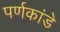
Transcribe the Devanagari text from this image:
पर्णकांडे